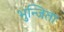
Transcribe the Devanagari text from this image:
भुन्जिता